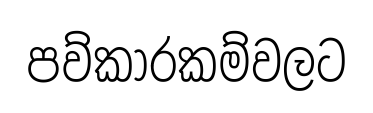
පව්කාරකම්වලට